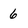
Character: 6